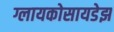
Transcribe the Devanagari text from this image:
ग्लायकोसायडेझ